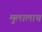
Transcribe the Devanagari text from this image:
मुलालाच